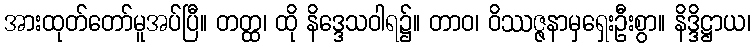
အားထုတ်တော်မူအပ်ပြီ။ တတ္ထ၊ ထို နိဒ္ဒေသဝါရ၌။ တာဝ၊ ဝိဿဇ္ဇနာမှရှေးဦးစွာ။ နိဒ္ဒိဋ္ဌာယ၊